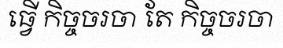
ធ្វើ កិច្ចចរចា តែ កិច្ចចរចា